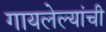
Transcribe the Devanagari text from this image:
गायलेल्यांची